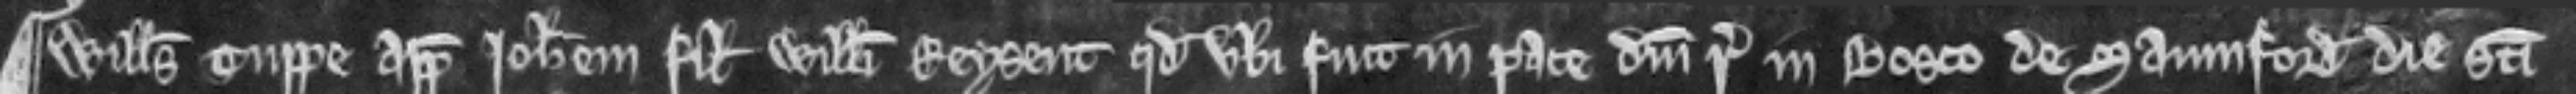
¶ Willelmus Tuppe appellat Johannem filium Willelmi Reysent quod ubi fuit in pace domini regis in bosco de Saumford die Sancti